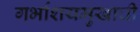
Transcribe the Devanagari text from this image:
गर्भाशयमुखाची